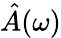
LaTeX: \hat{A}(\omega)